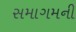
સમાગમની